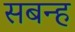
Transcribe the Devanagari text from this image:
सबन्ह